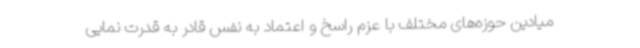
میادین حوزه‌های مختلف با عزم راسخ و اعتماد به نفس قادر به قدرت نمایی